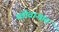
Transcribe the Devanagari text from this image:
थंडीवाऱ्यात